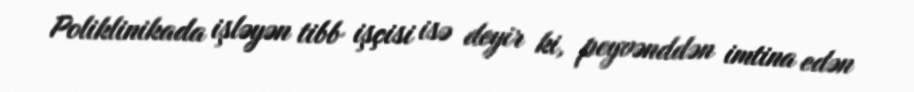
Poliklinikada işləyən tibb işçisi isə deyir ki, peyvənddən imtina edən